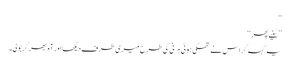
‘‘
’’سُنیے پھر‘‘
یہ کہہ کر اس نے تھکی ہوئی ہرنی کی طرح میری طرف دیکھا اور آہ بھر کربولی۔